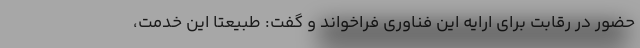
حضور در رقابت برای ارایه این فناوری فراخواند و گفت: طبیعتاً این خدمت،